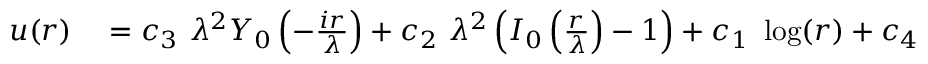
\begin{array} { r l } { u ( r ) } & { { } = c _ { 3 } \ \lambda ^ { 2 } Y _ { 0 } \left( - \frac { i r } { \lambda } \right) + c _ { 2 } \ \lambda ^ { 2 } \left( I _ { 0 } \left( \frac { r } { \lambda } \right) - 1 \right) + c _ { 1 } \ \log ( r ) + c _ { 4 } } \end{array}